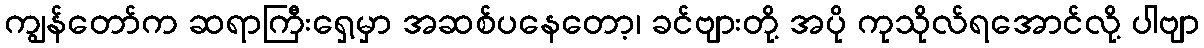
ကျွန်တော်က ဆရာကြီးရှေ့မှာ အဆစ်ပနေတော့၊ ခင်ဗျားတို့ အပို ကုသိုလ်ရအောင်လို့ ပါဗျာ